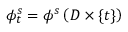
\phi _ { t } ^ { s } = \phi ^ { s } \left( D \times \{ t \} \right)